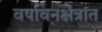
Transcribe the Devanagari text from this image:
वर्षावनक्षेत्रात